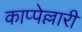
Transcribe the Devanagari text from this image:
काप्पेल्लारी